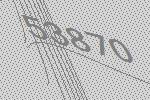
53870